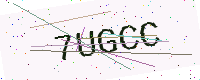
Text: 7UGCC